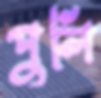
পুলি